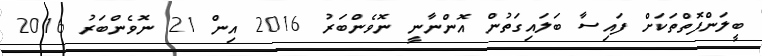
ބީލަންފޮތްތަކަށް ފައިސާ ބަލައިގަތުން އޮންނާނީ ނޮވެންބަރު 2016 އިން 21 ނޮވެންބަރު 2016